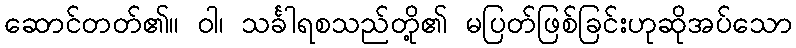
ဆောင်တတ်၏။ ဝါ၊ သင်္ခါရစသည်တို့၏ မပြတ်ဖြစ်ခြင်းဟုဆိုအပ်သော